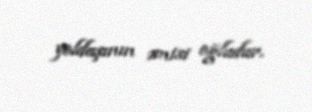
yoldaşının əmisi oğludur.